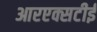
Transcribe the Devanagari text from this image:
आरएक्सटीई